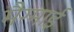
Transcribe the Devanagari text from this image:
मैग्माई